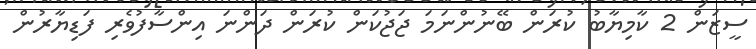
ސީޒަން 2 ކާމިޔާބު ކުރަން ބޭނުންނަމަ ޖަޖުކަން ކުރަން ދަންނަ އިންސާފުވެރި ފަޑިޔާރުން